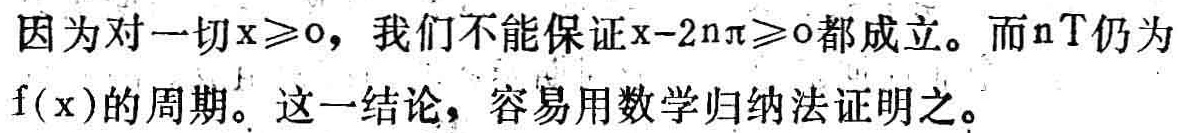
因为对一切\(x\geq0\)，我们不能保证\(x - 2n\pi\geq0\)都成立。而\(nT\)仍为\(f(x)\)的周期。这一结论，容易用数学归纳法证明之。